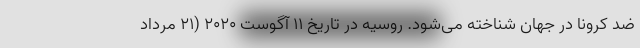
ضد کرونا در جهان شناخته می‌شود. روسیه در تاریخ 11 آگوست 2020 (21 مرداد